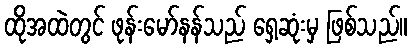
ထိုအထဲတွင် ဖုန်းမော်နန်သည် ရှေ့ဆုံးမှ ဖြစ်သည်။